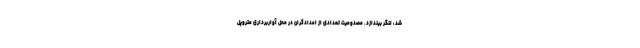
شد، لنگر بیندازد. مصدومیت تعدادی از امدادگران در محل آواربرداری متروپل